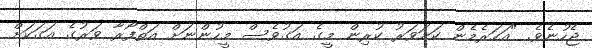
ޖެހުނެވެ. "އަހަރެމެން ކަށަވަރު ކުރިން މީގެ އަގުވެސް މީހުންނަށް އަތްފޯރާ ވަރުގެ އަގަކަށް